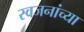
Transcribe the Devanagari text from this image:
स्वजनांच्या